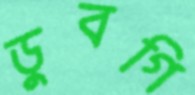
ডুবগি